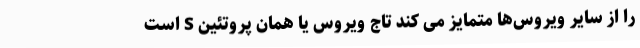
را از سایر ویروس‌ها متمایز می کند تاج ویروس یا همان پروتئین S است